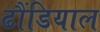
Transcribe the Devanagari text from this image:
ढौंडियाल